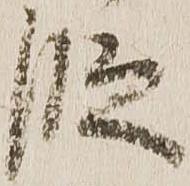
段